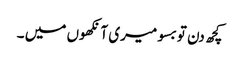
کچھ دن تو بسو میری آنکھوں میں ۔